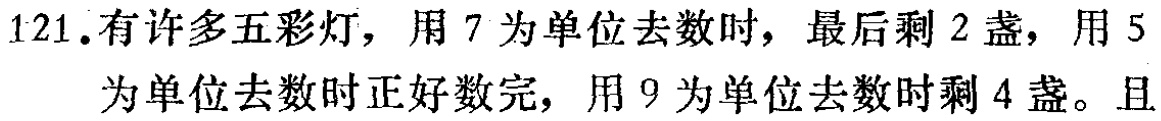
121. 有许多五彩灯，用 7 为单位去数时，最后剩 2 盏，用 5 为单位去数时正好数完，用 9 为单位去数时剩 4 盏。且